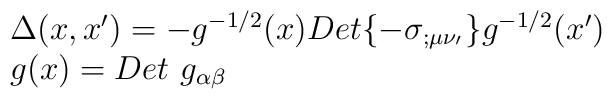
\begin{array}{ll}\Delta(x,x')=-g^{-1/2}(x) Det\{-\sigma_{;\mu\nu _{'} }\}g^{-1/2}(x')\\g(x)=Det~ g_{\alpha\beta}\end{array}